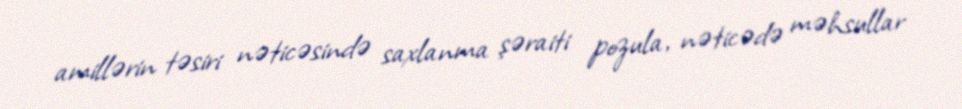
amillərin təsiri nəticəsində saxlanma şəraiti pozula, nəticədə məhsullar